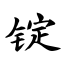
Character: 锭